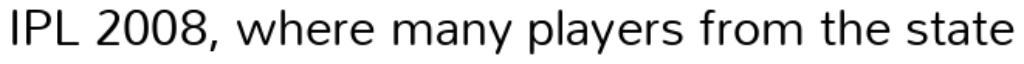
IPL 2008, where many players from the state